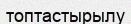
топтастырылу